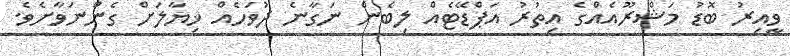
ވީއިރު ބޮޑު މަޝްރޫއެއްގެ އިތުރު އަޕްޑޭޓެއް ލިބެން ނަގާނެ ދުވަހެއް ޚިޔާލަށް ގެންނަވާށެވެ.